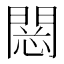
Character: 𨴮